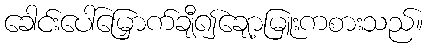
ခေါင်းပေါ်မြှောက်ချီ၍ချော့မြူးကစားသည်။